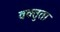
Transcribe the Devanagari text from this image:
वक्तुता